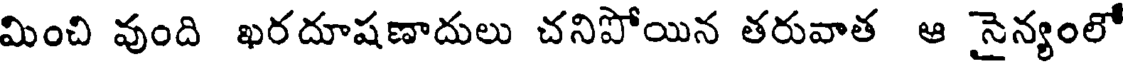
మించి వుంది ఖరదూషణాదులు చనిపోయిన తరువాత ఆ సైన్యంలో